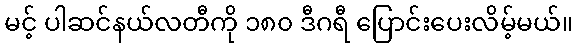
မင့် ပါဆင်နယ်လတီကို ၁၈၀ ဒီဂရီ ပြောင်းပေးလိမ့်မယ်။